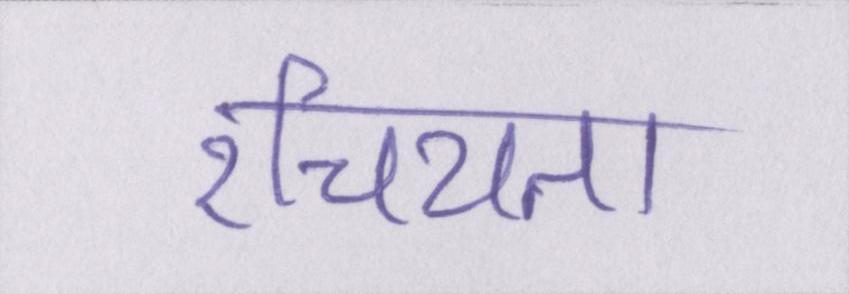
रचियता